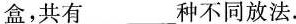
盒，共有___种不同放法。